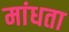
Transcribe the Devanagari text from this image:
मांधता